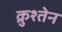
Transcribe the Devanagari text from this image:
क्रुश्तेन